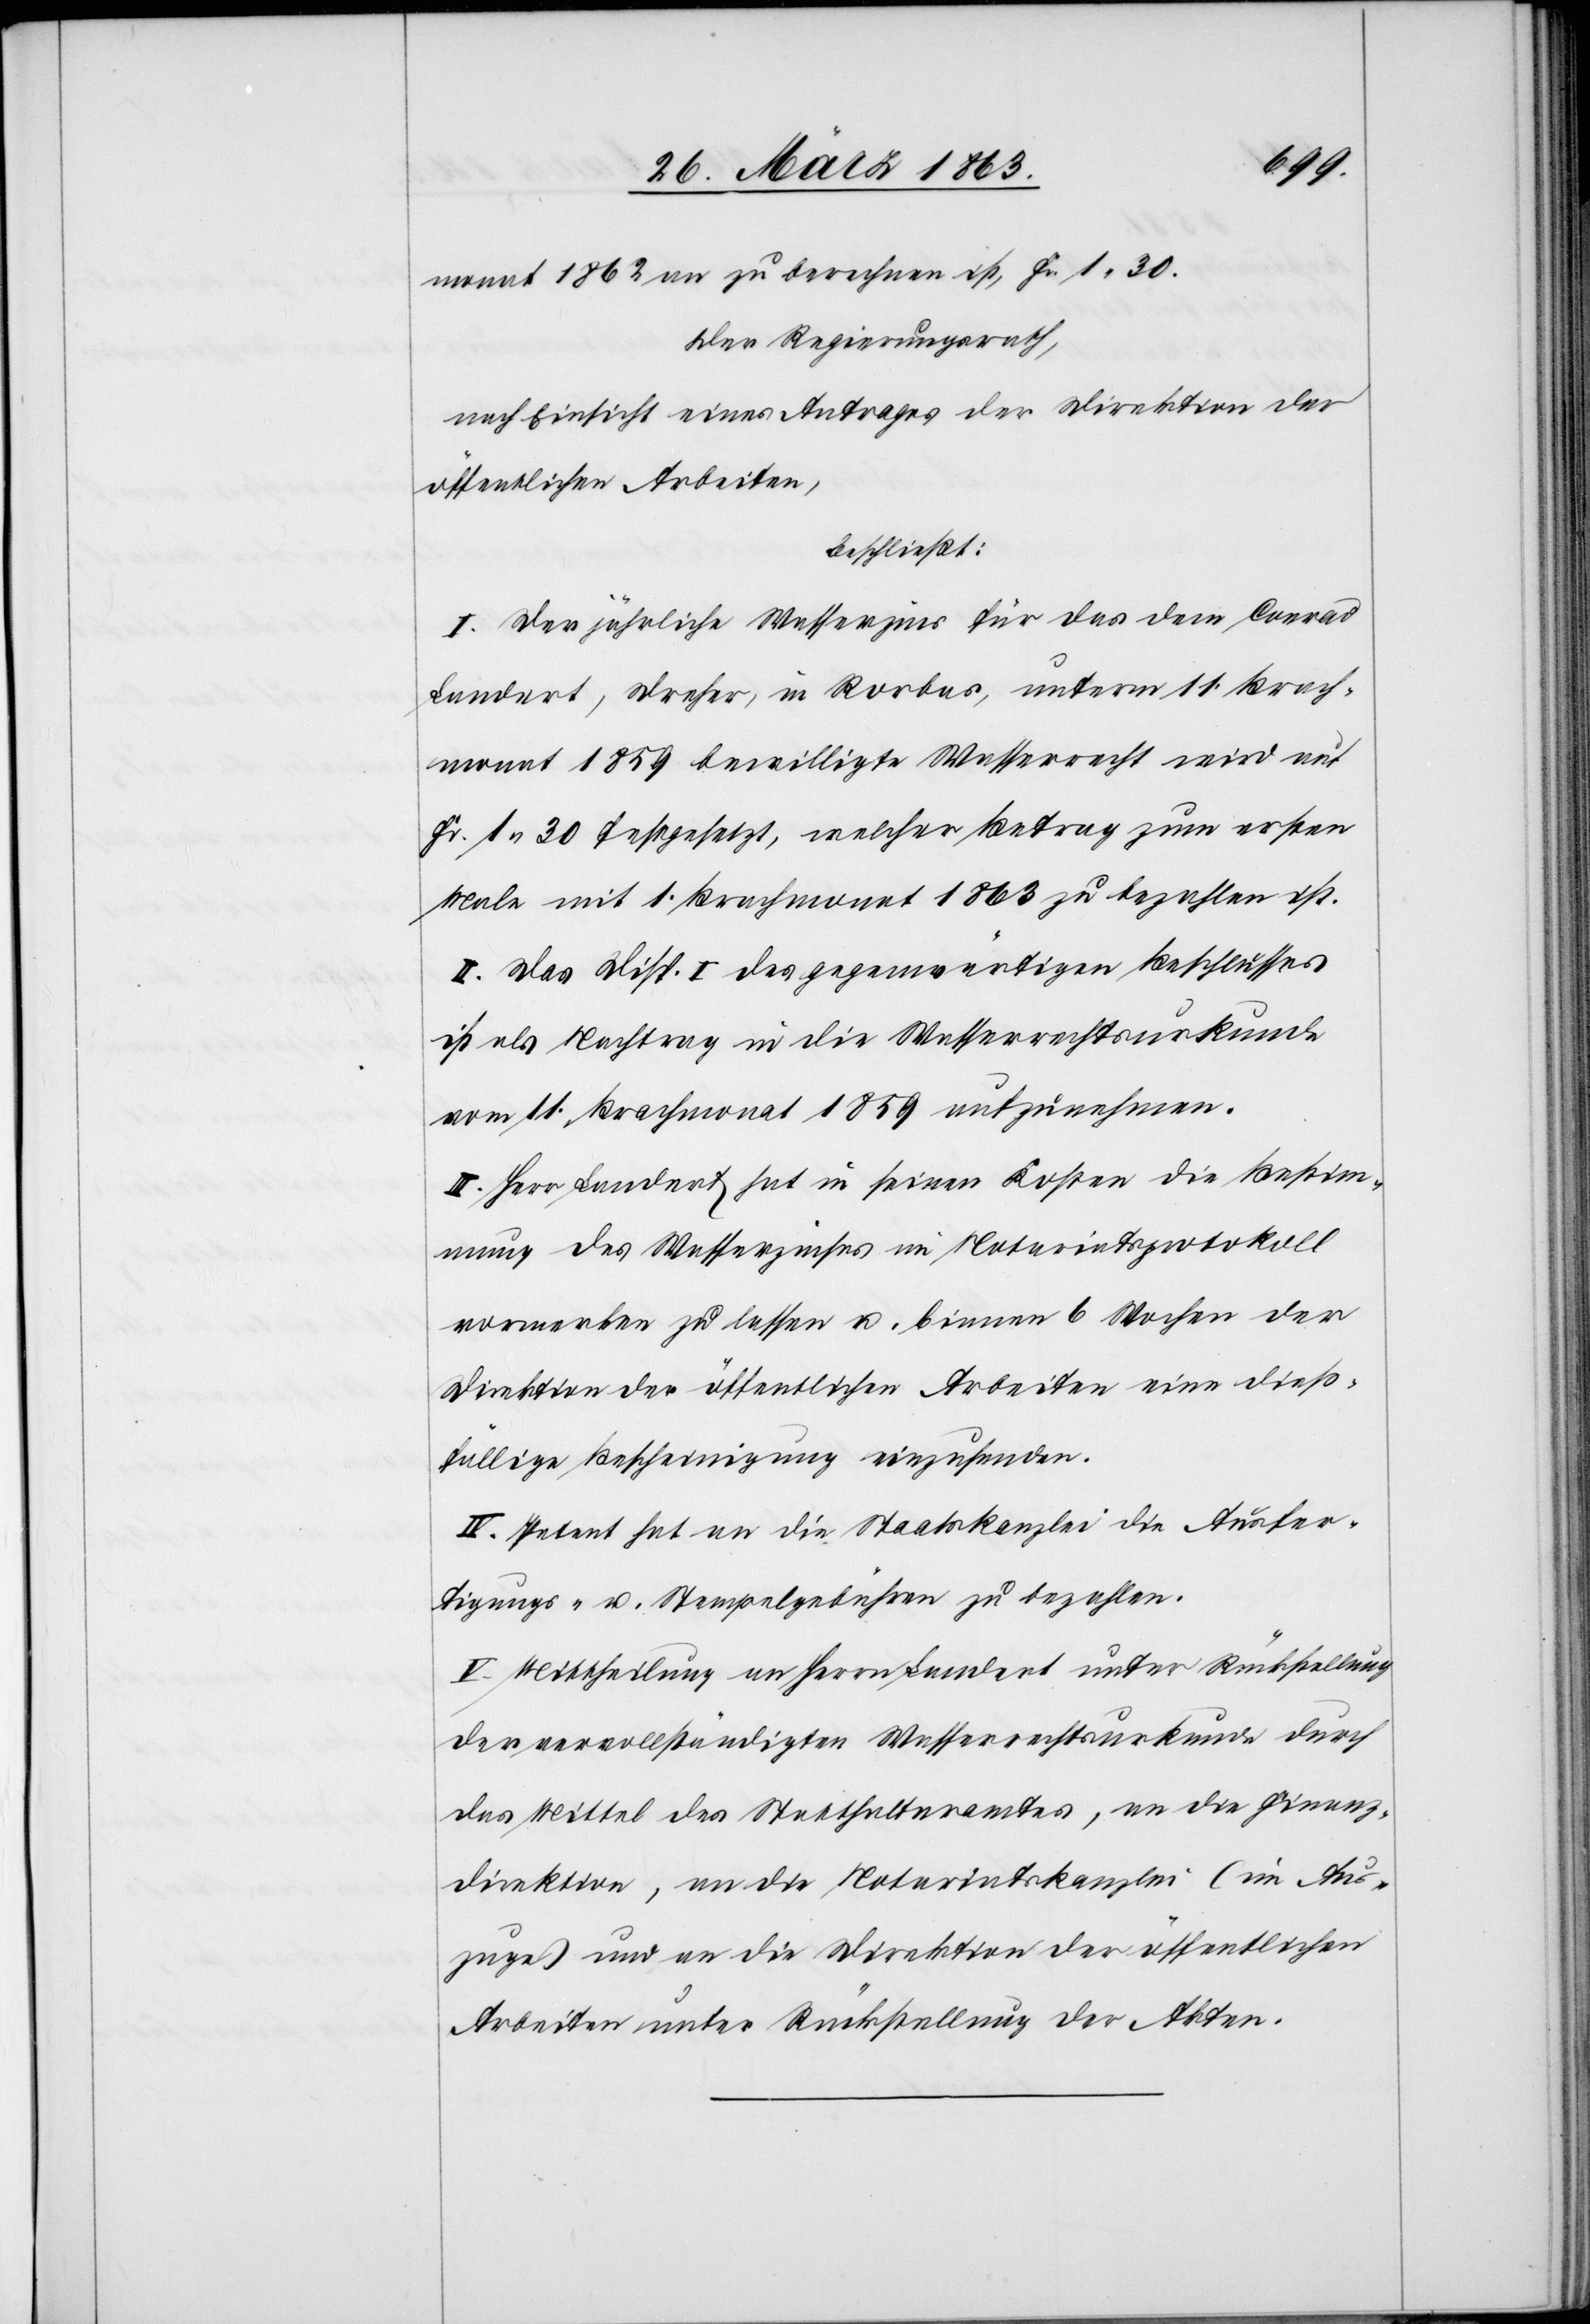
direktion
monat 1862 an zu berechnen ist, Fr. 1. 30.
Der Regierungsrath,
nach Einsicht eines Antrages der Direktion der
öffentlichen Arbeiten
beschließt:
I. Der jährliche Wasserzins für das dem Conrad
Landert, Dreher, in Rorbas, unterm 11. Brach¬
monat 1859 bewilligte Wasserrecht wird auf
Fr. 1. 30 festgesetzt, welcher Betrag zum ersten
Male mit 1. Brachmonat 1863 zu bezahlen ist.
II. Das Disp. I des gegenwärtigen Beschlusses
ist als Nachtrag in die Wasserrechtsurkunde
vom 11. Brachmonat 1859 aufzunehmen.
III. Herr Landert hat in seinen Kosten die Bestim¬
mung des Wasserzinses im Notariatsprotokoll
vormerken zu lassen u. binnen 6 Wochen der
Direktion der öffentlichen Arbeiten eine dieß¬
fällige Bescheinigung einzusenden.
IV. Petent hat an die Staatskanzlei die Ausfer¬
tigungs- u. Stempelgebühren zu bezahlen.
V. Mittheilung an Herrn Landert unter Rückstellung
der vervollständigten Wasserrechtsurkunde durch
das Mittel des Statthalteramtes, an die Finanz¬